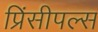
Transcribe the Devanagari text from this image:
प्रिंसीपल्स